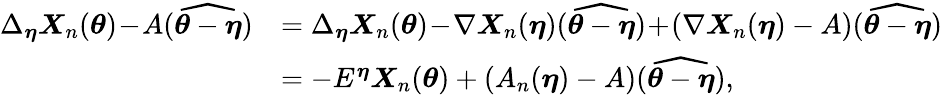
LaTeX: \begin{array}{rl}{\Delta_{{\boldsymbol{\eta}}}\boldsymbol{X}_{n}({\boldsymbol{\theta}})\! -\! A(\widehat{{\boldsymbol{\theta}}-{\boldsymbol{\eta}}})}&{=\Delta_{{\boldsymbol{\eta}}}\boldsymbol{X}_{n}({\boldsymbol{\theta}})\! -\! \nabla\boldsymbol{X}_{n}({\boldsymbol{\eta}})(\widehat{{\boldsymbol{\theta}}-{\boldsymbol{\eta}}})\! +\! (\nabla\boldsymbol{X}_{n}({\boldsymbol{\eta}})-A)(\widehat{{\boldsymbol{\theta}}-{\boldsymbol{\eta}}})}\\ &{=-E^{{\boldsymbol{\eta}}}\boldsymbol{X}_{n}({\boldsymbol{\theta}})+(A_{n}({\boldsymbol{\eta}})-A)(\widehat{{\boldsymbol{\theta}}-{\boldsymbol{\eta}}}),}\end{array}